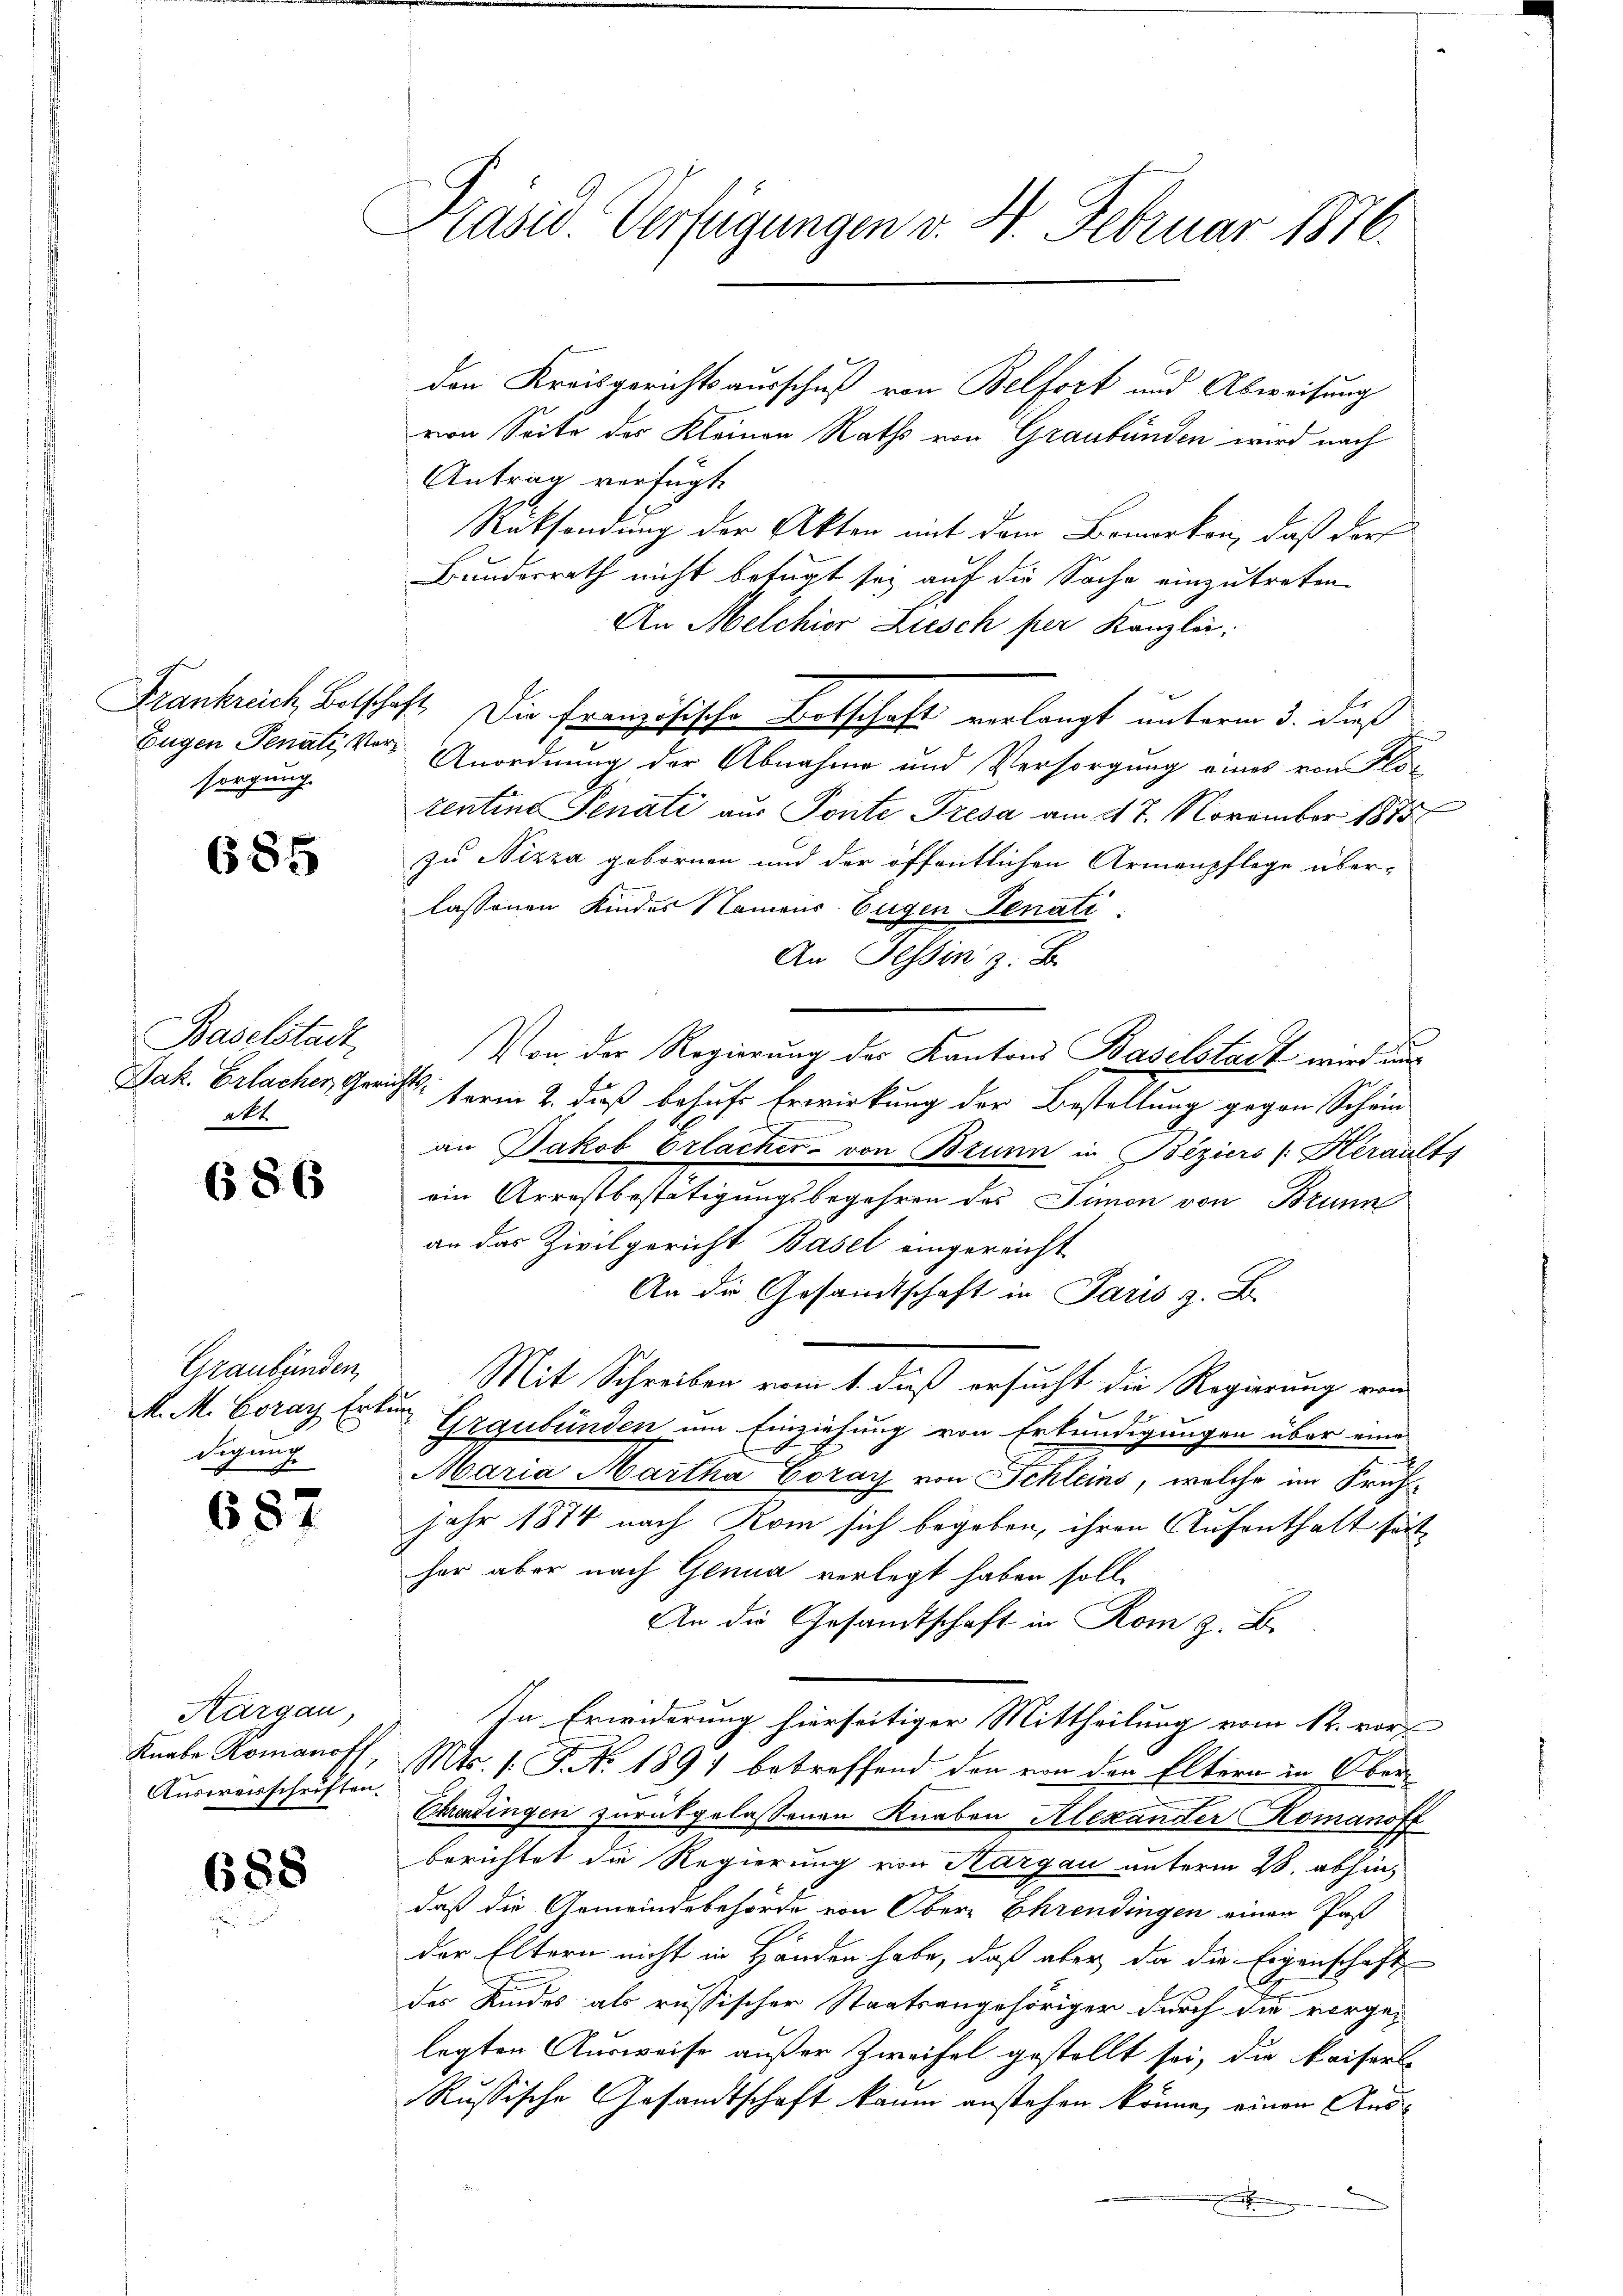
sorgung.

685

Baselstadt,
Jak. Erlacher, Gerichtsatt

686

den Kreisgerichtsausschuß von Belfort und Abweisung
von Seite des Kleinen Raths von Graubünden wird nach
Antrag verfügt
Rücksendung der Akten mit dem Bomarkon, daß der
Bundesrath nicht befugt sey auf die Sache einzutreten.
An Melchior Liesch per Kanzlei.
Frankrech Botschäft. Die Französische Botschaft verlangt unterm 3. dieß
Eugen Senati, vor Anordnung der Abnahme und Versorgung eines von Klo-
rentine Penati aus Ponte Tresa am 17. November 1875
zu Nizza gebornen und der öffentlichen Armenpflege über-
lassenen Kindes Namens Eugen Senati
An Tessin z. B.
Von der Regierung des Kantons Baselstadt wird in
term 2. dieß behufs Erwirkung der Bestellung gegen Schein
an Jakob Erlacker- von Brunn in Beziers (Héraalts
ein Arrestbestätigungsbegehren des Simon von Brunn
an das Zivilgericht Basel eingereicht
An die Gesandtschaft in Paris z. B.
Mit Schreiben vom 1. daß ersucht die Regierung vom
Graubünden um Einziehung von Erkundigungen über eine
Maria Martha Eozay von Schleins, welche im Früh¬
Jahr 1874 nach Rom sich begeben, ihren Aufenthalt häther aber nach Genua verlegt haben soll.
An die Gesandtschaft in Rom z. B.
In Erwiderung hierseitiger Mittheilung vom 12. vor
Knabe Romanoff, Mts. 1. J. No. 1891 betreffend den von den Eltern in Ober¬
Ehrendingen zurükgelassenen Knaben Alexander Komanoff
berichtet die Regierung von Thurgau unterm 28. abhin
daß die Gemeindebehörde von Ober- Ehrendingen einen Post-
der Eltern nicht in Händen habe, daß aber da die Eigenschaft
des Kindes als russischer Staatsangehöriger durch die vorge-
legten Ausweise außer Zweifel gestellt sei, die Kaiserl
Russische Gesandtschaft kaum anstehen könne, einen Aus¬
.

Graubünden,
M. M. Coray Erkun
digung

687

Kargau,
Ausvorschriften.

688

Präsid. Verfügungen v. 4. Februar 1876.